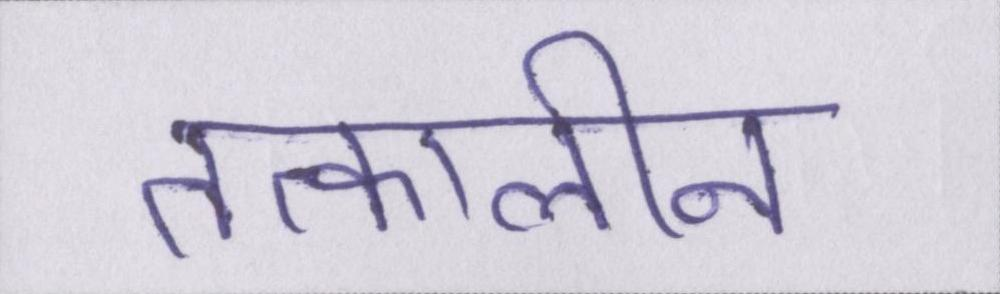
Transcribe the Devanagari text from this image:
तत्कालीन